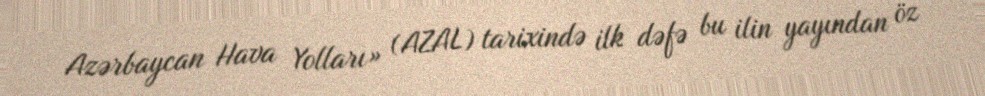
Azərbaycan Hava Yolları» (AZAL) tarixində ilk dəfə bu ilin yayından öz